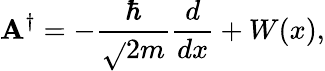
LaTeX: \mathbf{A}^{\dagger}=-{\frac{{\hbar}}{{\sqrt{}{{2m}}}}}{\frac{{d}}{{dx}}}+W(x),